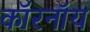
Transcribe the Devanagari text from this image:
कॉरनॉय